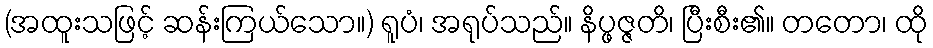
(အထူးသဖြင့် ဆန်းကြယ်သော။) ရူပံ၊ အရုပ်သည်။ နိပ္ဖဇ္ဇတိ၊ ပြီးစီး၏။ တတော၊ ထို